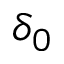
\delta _ { 0 }